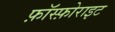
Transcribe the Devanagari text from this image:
फ़ॉस्फ़ोराइट